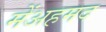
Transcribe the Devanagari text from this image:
मेंअहमद